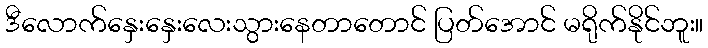
ဒီလောက်နှေးနှေးလေးသွားနေတာတောင် ပြတ်အောင် မရိုက်နိုင်ဘူး။